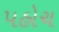
પહોચ